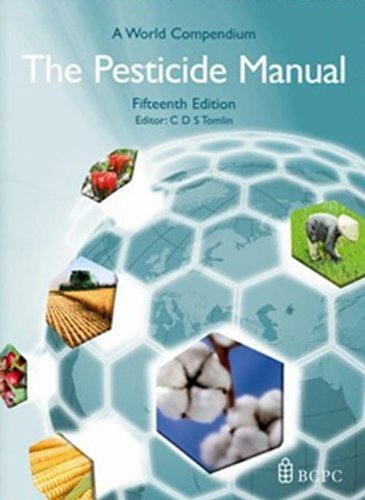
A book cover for The Pesticide Manual: A World Compendium; Science & Math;